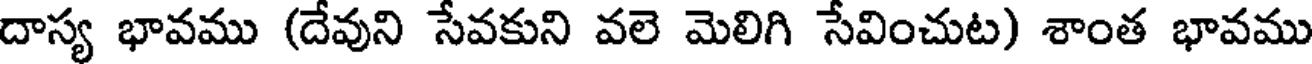
దాస్య భావము (దేవుని సేవకుని వలె మెలిగి సేవించుట) శాంత భావము